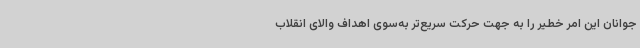
جوانان این امر خطیر را به جهت حرکت سریع‌تر به‌سوی اهداف والای انقلاب